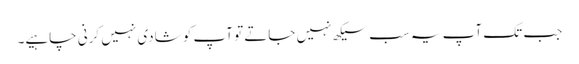
جب تک آپ یہ سب سیکھ نہیں جاتے تو آپ کو شادی نہیں کرنی چاہیے۔